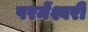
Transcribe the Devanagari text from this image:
परमेंश्वरी